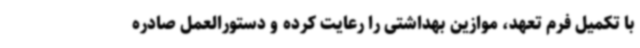
با تکمیل فرم تعهد، موازین بهداشتی را رعایت کرده و دستورالعمل صادره